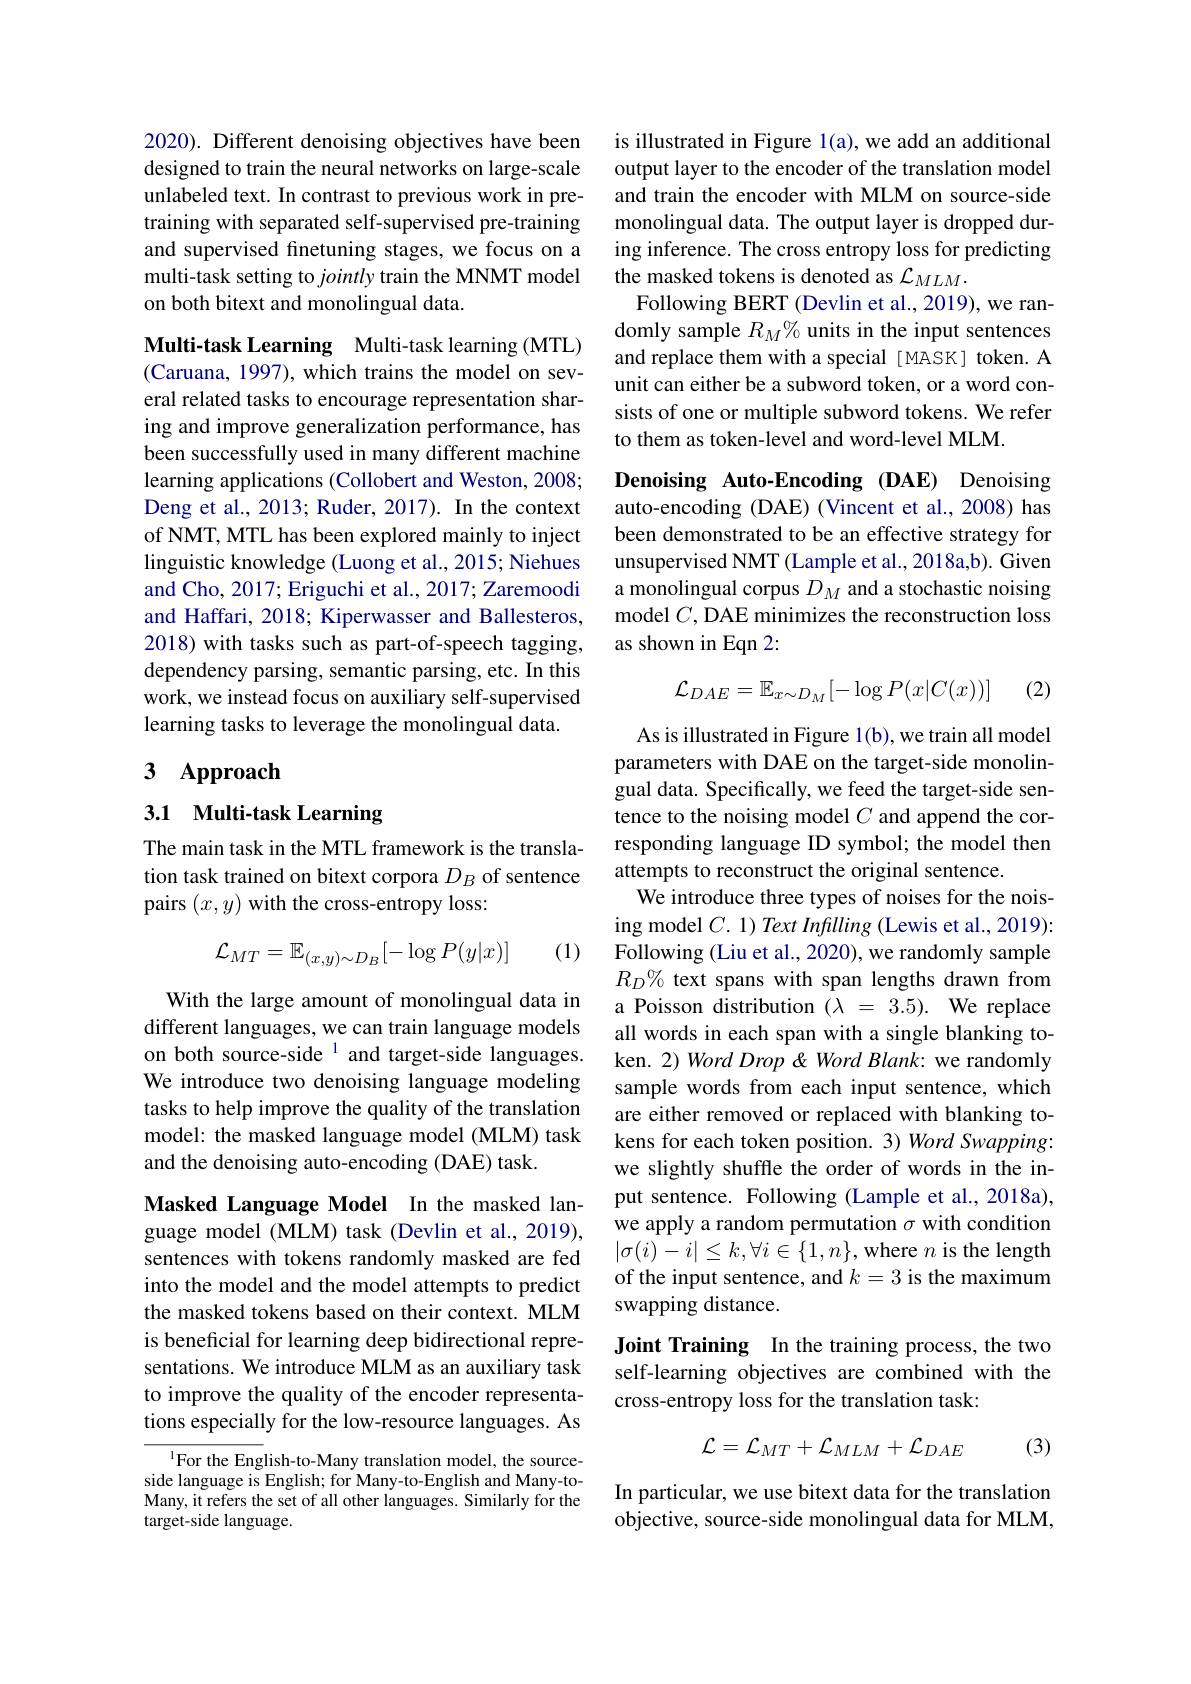
2020). Different denoising objectives have been designed to train the neural networks on large-scale unlabeled text. In contrast to previous work in pretraining with separated self-supervised pre-training and supervised finetuning stages, we focus on a multi-task setting to jointly train the MNMT model on both bitext and monolingual data.

Multi-task Learning Multi-task learning (MTL) (Caruana, 1997), which trains the model on several related tasks to encourage representation sharing and improve generalization performance, has been successfully used in many different machine learning applications (Collobert and Weston, 2008; Deng et al., 2013; Ruder, 2017). In the context of NMT, MTL has been explored mainly to inject linguistic knowledge (Luong et al., 2015; Niehues and Cho, 2017; Eriguchi et al., 2017; Zaremoodi and Haffari, 2018; Kiperwasser and Ballesteros, 2018) with tasks such as part-of-speech tagging, dependency parsing, semantic parsing, etc. In this work, we instead focus on auxiliary self-supervised learning tasks to leverage the monolingual data.

# 3 Approach

# 3.1 Multi-task Learning

The main task in the MTL framework is the translation task trained on bitext corpora $D_B$ of sentence pairs $(x,y)$ with the cross-entropy loss:
$$\mathcal{L}_{MT}=\mathbb{E}_{(x,y)\sim D_{B}}[-\log P(y|x)]$$
(1)

With the large amount of monolingual data in different languages, we can train language models on both source-side $^{1}$ and target-side languages. We introduce two denoising language modeling tasks to help improve the quality of the translation model: the masked language model (MLM) task and the denoising auto-encoding (DAE) task.

Masked Language Model In the masked language model (MLM) task (Devlin et al., 2019), sentences with tokens randomly masked are fed into the model and the model attempts to predict the masked tokens based on their context. MLM is beneficial for learning deep bidirectional representations. We introduce MLM as an auxiliary task to improve the quality of the encoder representations especially for the low-resource languages. As

$^{1}$For the English-to-Many translation model, the sourceside language is English; for Many-to-English and Many-toMany, it refers the set of all other languages. Similarly for the target-side language.

is illustrated in Figure 1(a), we add an additional output layer to the encoder of the translation model and train the encoder with MLM on source-side monolingual data. The output layer is dropped during inference. The cross entropy loss for predicting the masked tokens is denoted as $\mathcal{L}_MLM.$
Following BERT (Devlin et al., 2019), we randomly sample $R_M\%$ units in the input sentences and replace them with a special [ MASK] token. A unit can either be a subword token, or a word consists of one or multiple subword tokens. We refer to them as token-level and word-level MLM.

Denoising Auto-Encoding (DAE) Denoising auto-encoding (DAE) (Vincent et al., 2008) has been demonstrated to be an effective strategy for unsupervised NMT (Lample et al., 2018a,b). Given a monolingual corpus $D_M$ and a stochastic noising model $C$, DAE minimizes the reconstruction loss as shown in Eqn 2:
$$\mathcal{L}_{DAE}=\mathbb{E}_{x\sim D_{M}}[-\log P(x|C(x))]$$
(2)

As is illustrated in Figure 1(b), we train all model parameters with DAE on the target-side monolingual data. Specifically, we feed the target-side sentence to the noising model $C$ and append the corresponding language ID symbol; the model then attempts to reconstruct the original sentence.
We introduce three types of noises for the noising model $C. 1) \textit{Text Inflling ( Lewis et al. , 2019) : }$ Following (Liu et al., 2020), we randomly sample $R_D\%$ text spans with span lengths drawn from a Poisson distribution $( \lambda$ = 3.5). We replace all words in each span with a single blanking token. 2) Word Drop & Word Blank: we randomly sample words from each input sentence, which are either removed or replaced with blanking tokens for each token position. 3) Word Swapping: we slightly shuffle the order of words in the input sentence. Following (Lample et al.,2018a), we apply a random permutation $\sigma$ with condition $|\sigma(i)-i|\leq k,\forall i\in\{1,n\}$,where $n$ is the length of the input sentence, and $k=3$ is the maximum swapping distance.

Joint Training In the training process, the two self-learning objectives are combined with the cross-entropy loss for the translation task:
$$\mathcal{L}=\mathcal{L}_{MT}+\mathcal{L}_{MLM}+\mathcal{L}_{DAE}$$
(3)

In particular, we use bitext data for the translation objective, source-side monolingual data for MLM,